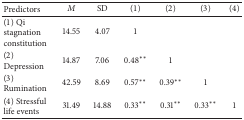
| Predictors | M | SD | (1) | (2) | (3) | (4) |
 | --- | --- | --- | --- | --- | --- | --- |
 | (1) Qi stagnation constitution | 14.55 | 4.07 | 1 |  |  |  |
 | (2) Depression | 14.87 | 7.06 | 0.48∗∗ | 1 |  |  |
 | (3) Rumination | 42.59 | 8.69 | 0.57∗∗ | 0.39∗∗ | 1 |  |
 | (4) Stressful life events | 31.49 | 14.88 | 0.33∗∗ | 0.31∗∗ | 0.33∗∗ | 1 |